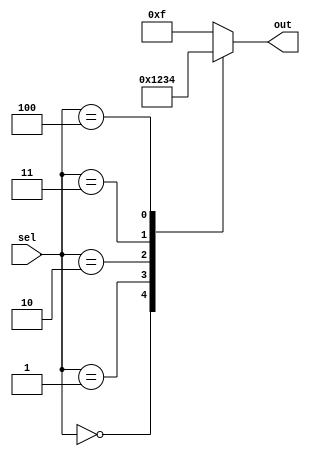
module case_example (
    input [2:0] sel,
    output reg [3:0] out
);

initial begin
    case(sel)
        3'b000: out = 4'b0000;
        3'b001: out = 4'b0001;
        3'b010: out = 4'b0010;
        3'b011: out = 4'b0011;
        3'b100: out = 4'b0100;
        default: out = 4'b1111;
    endcase
end

endmodule